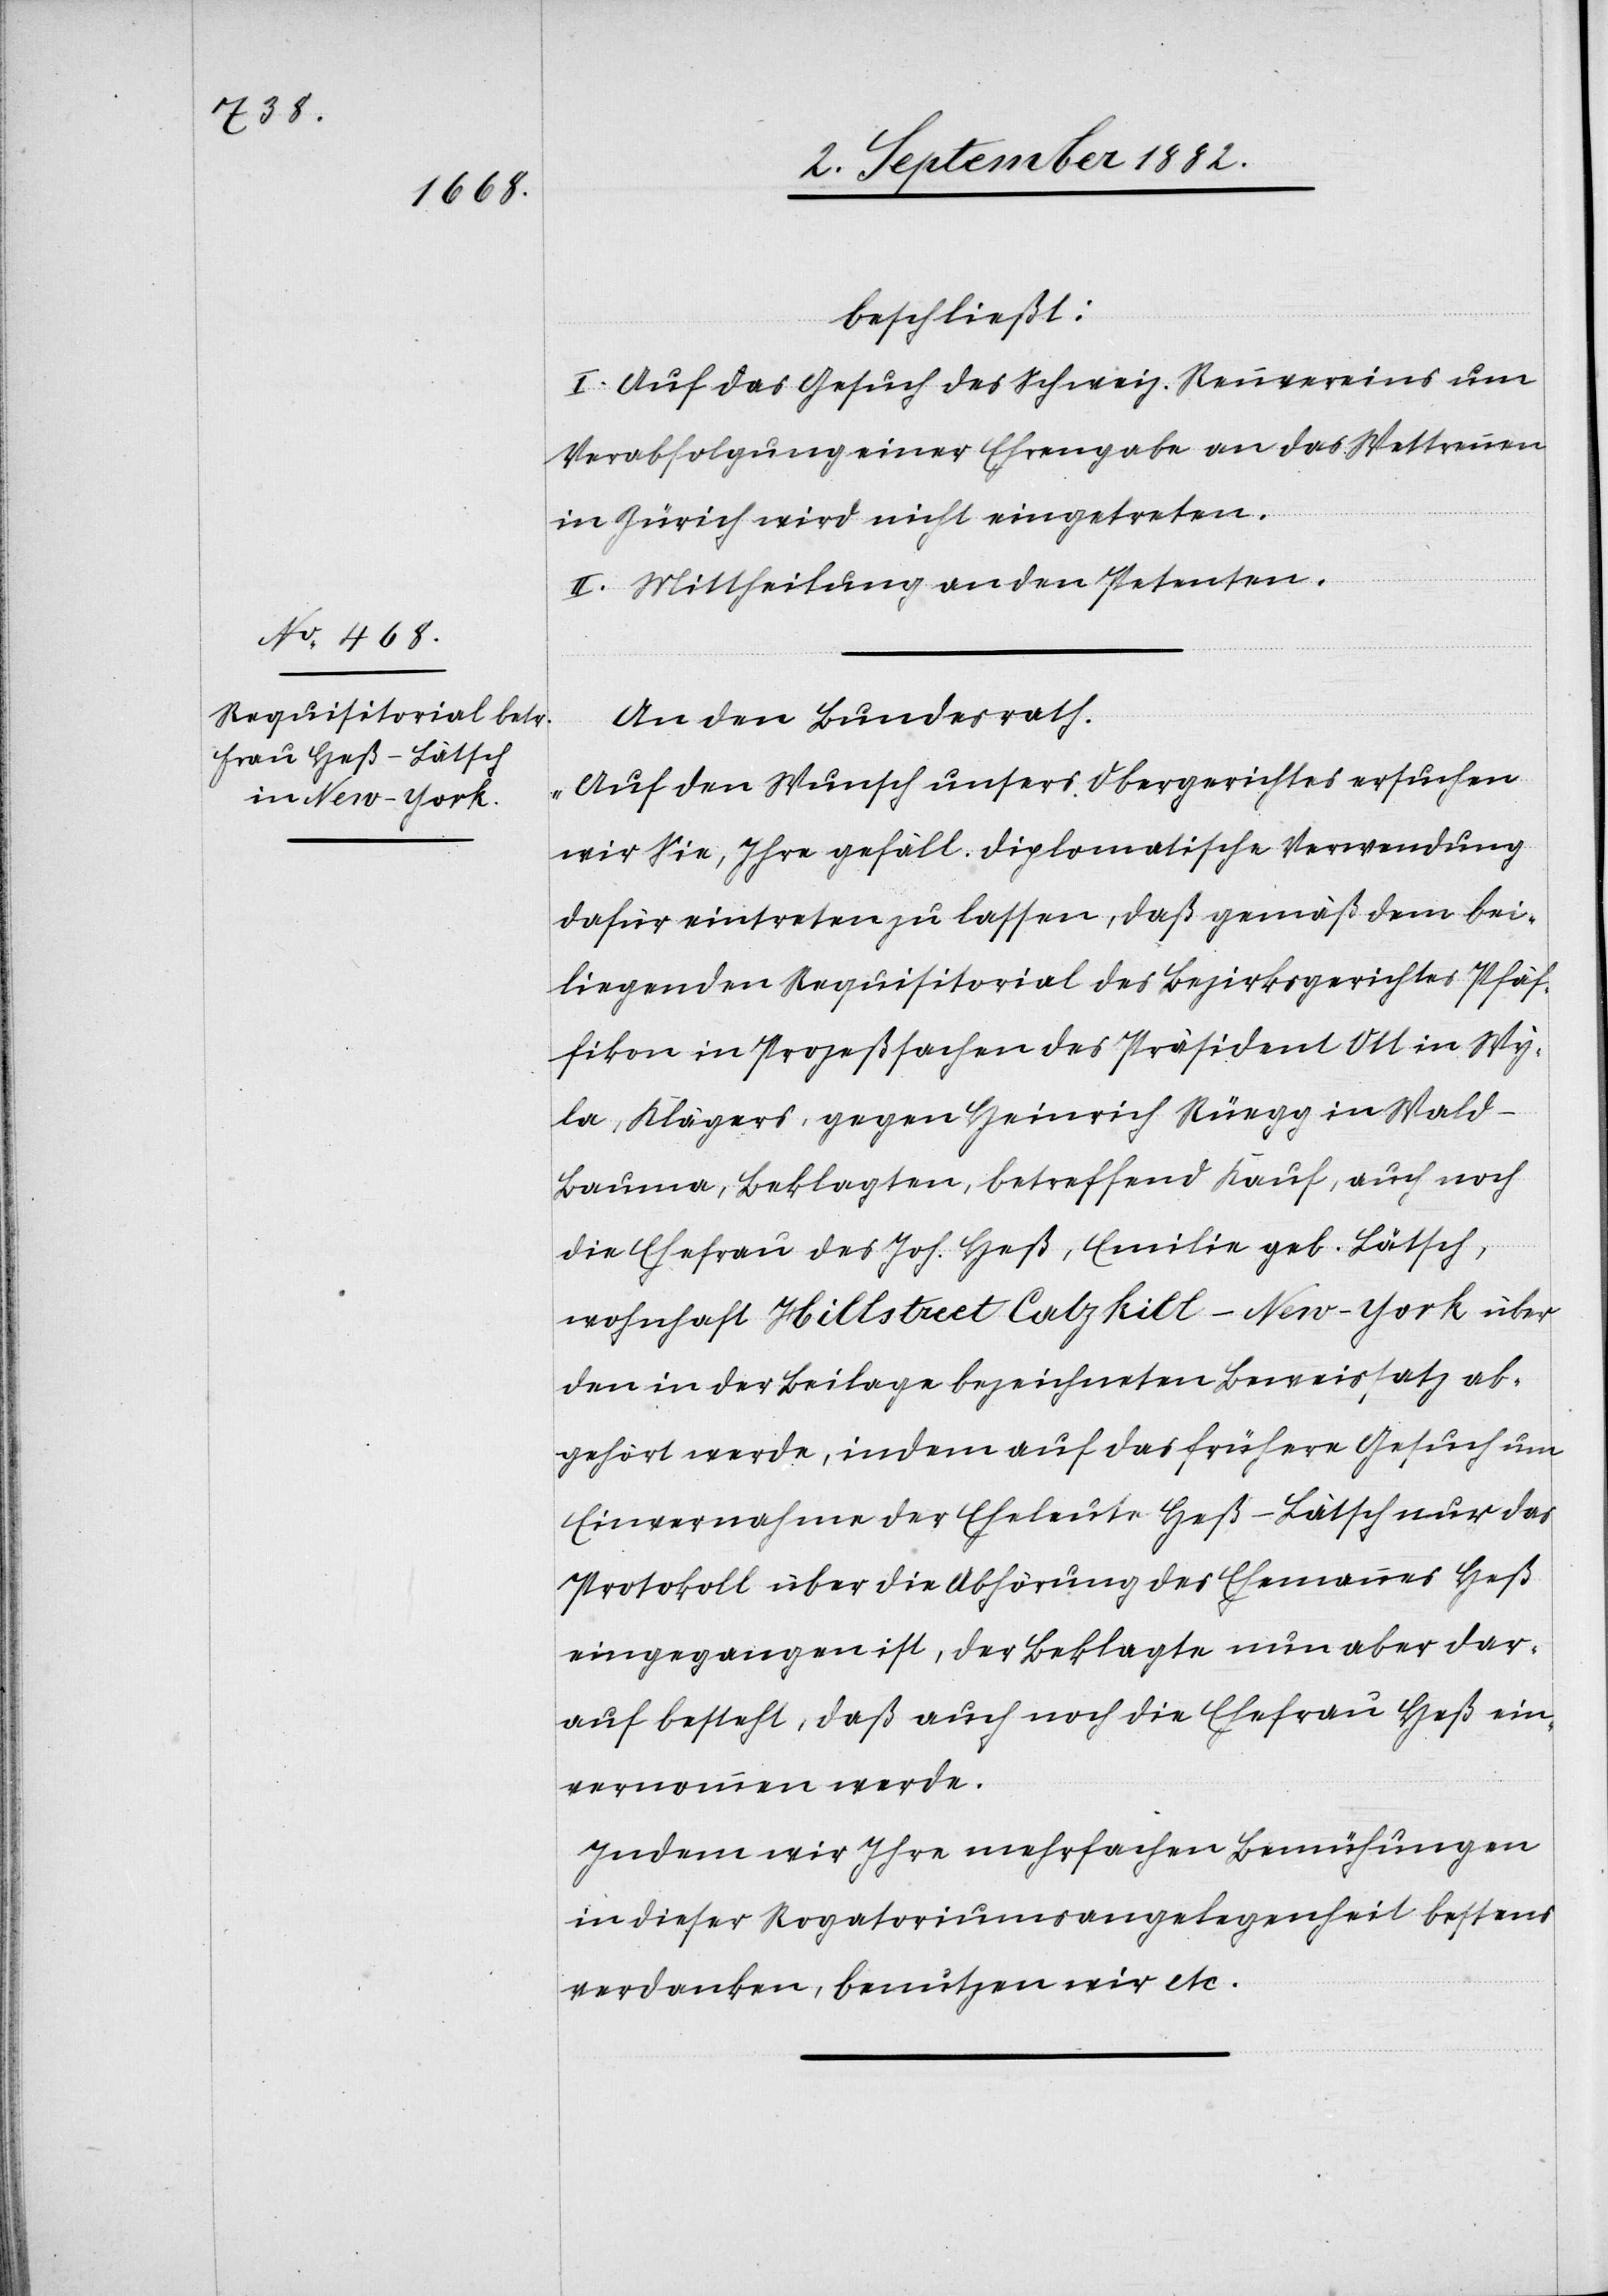
beschließt:
I. Auf das Gesuch des Schweiz. Rennvereins um
Verabfolgung einer Ehrengabe an das Wettrennen
in Zürich wird nicht eingetreten.
II. Mittheilung an den Petenten.
An den Bundesrath.
„Auf den Wunsch unsers Obergerichtes ersuchen
wir Sie, Ihre gefäll. diplomatische Verwendung
dafür eintreten zu lassen, daß gemäß dem bei¬
liegenden Requisitorial des Bezirksgerichtes Pfäf¬
fikon in Prozeßsachen des Präsident Ott in Wy¬
la, Klägers, gegen Heinrich Rüegg in Wald -
Bauma, Beklagten, betreffend Kauf, auch noch
die Ehefrau des Joh. Heß, Emilie geb. Lötsch,
wohnhaft Hillsstreet Calzkill - New-York über
den in der Beilage bezeichneten Beweissatz ab¬
gehört werde, indem auf das frühere Gesuch um
Einvernahme der Eheleute Heß-Lätsch nur das
Protokoll über die Abhörung des Ehemannes Heß
eingegangen ist, der Beklagte nun aber dar¬
auf besteht, daß auch noch die Ehefrau Heß ein¬
vernommen werde.
Indem wir Ihre mehrfachen Bemühungen
in dieser Rogatoriumsangelegenheit bestens
verdanken, benutzen wir etc.“